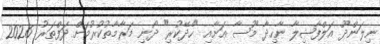
ނިލަންދޫ އަލްފާޟިލާ ނާހިދާ މޫސާ އަށާއި "ހެދޭކުރި" ދޯނި މަރާމާތުކުރުމަށް ދަފްތަރު 2026